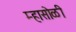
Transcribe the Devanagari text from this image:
म्हासोळी